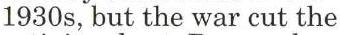
1930s, but the war cut the